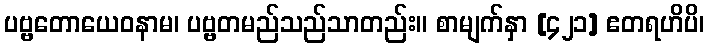
ပဗ္ဗတောယေဝနာမ၊ ပဗ္ဗတမည်သည်သာတည်း။ စာမျက်နှာ [၄၂၁] ဧတရဟိပိ၊